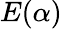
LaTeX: E(\alpha)